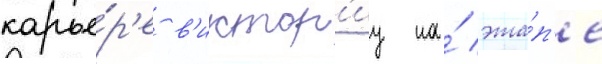
карье́р'е в'иктор'иу на́ эта́п'е